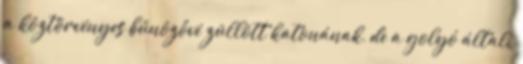
a köztörvényes bűnözővé züllött katonának, de a golyó általi